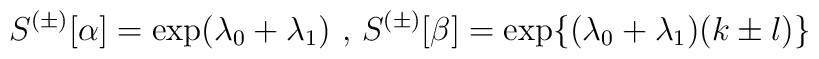
S^{(\pm)}[\alpha]=\exp(\lambda_{0}+\lambda_{1})\mbox{ , }S^{(\pm)}[\beta]=\exp\{(\lambda_{0}+\lambda_{1})(k\pm l)\}